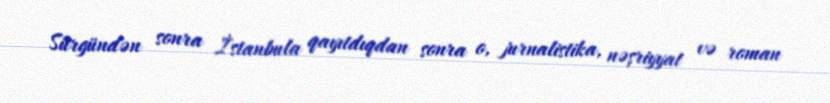
Sürgündən sonra İstanbula qayıtdıqdan sonra o, jurnalistika, nəşriyyat və roman